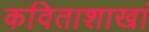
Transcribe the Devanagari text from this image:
कविताशाखां